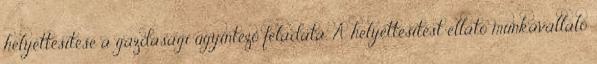
helyettesítése a gazdasági ügyintéző feladata. A helyettesítést ellátó munkavállaló